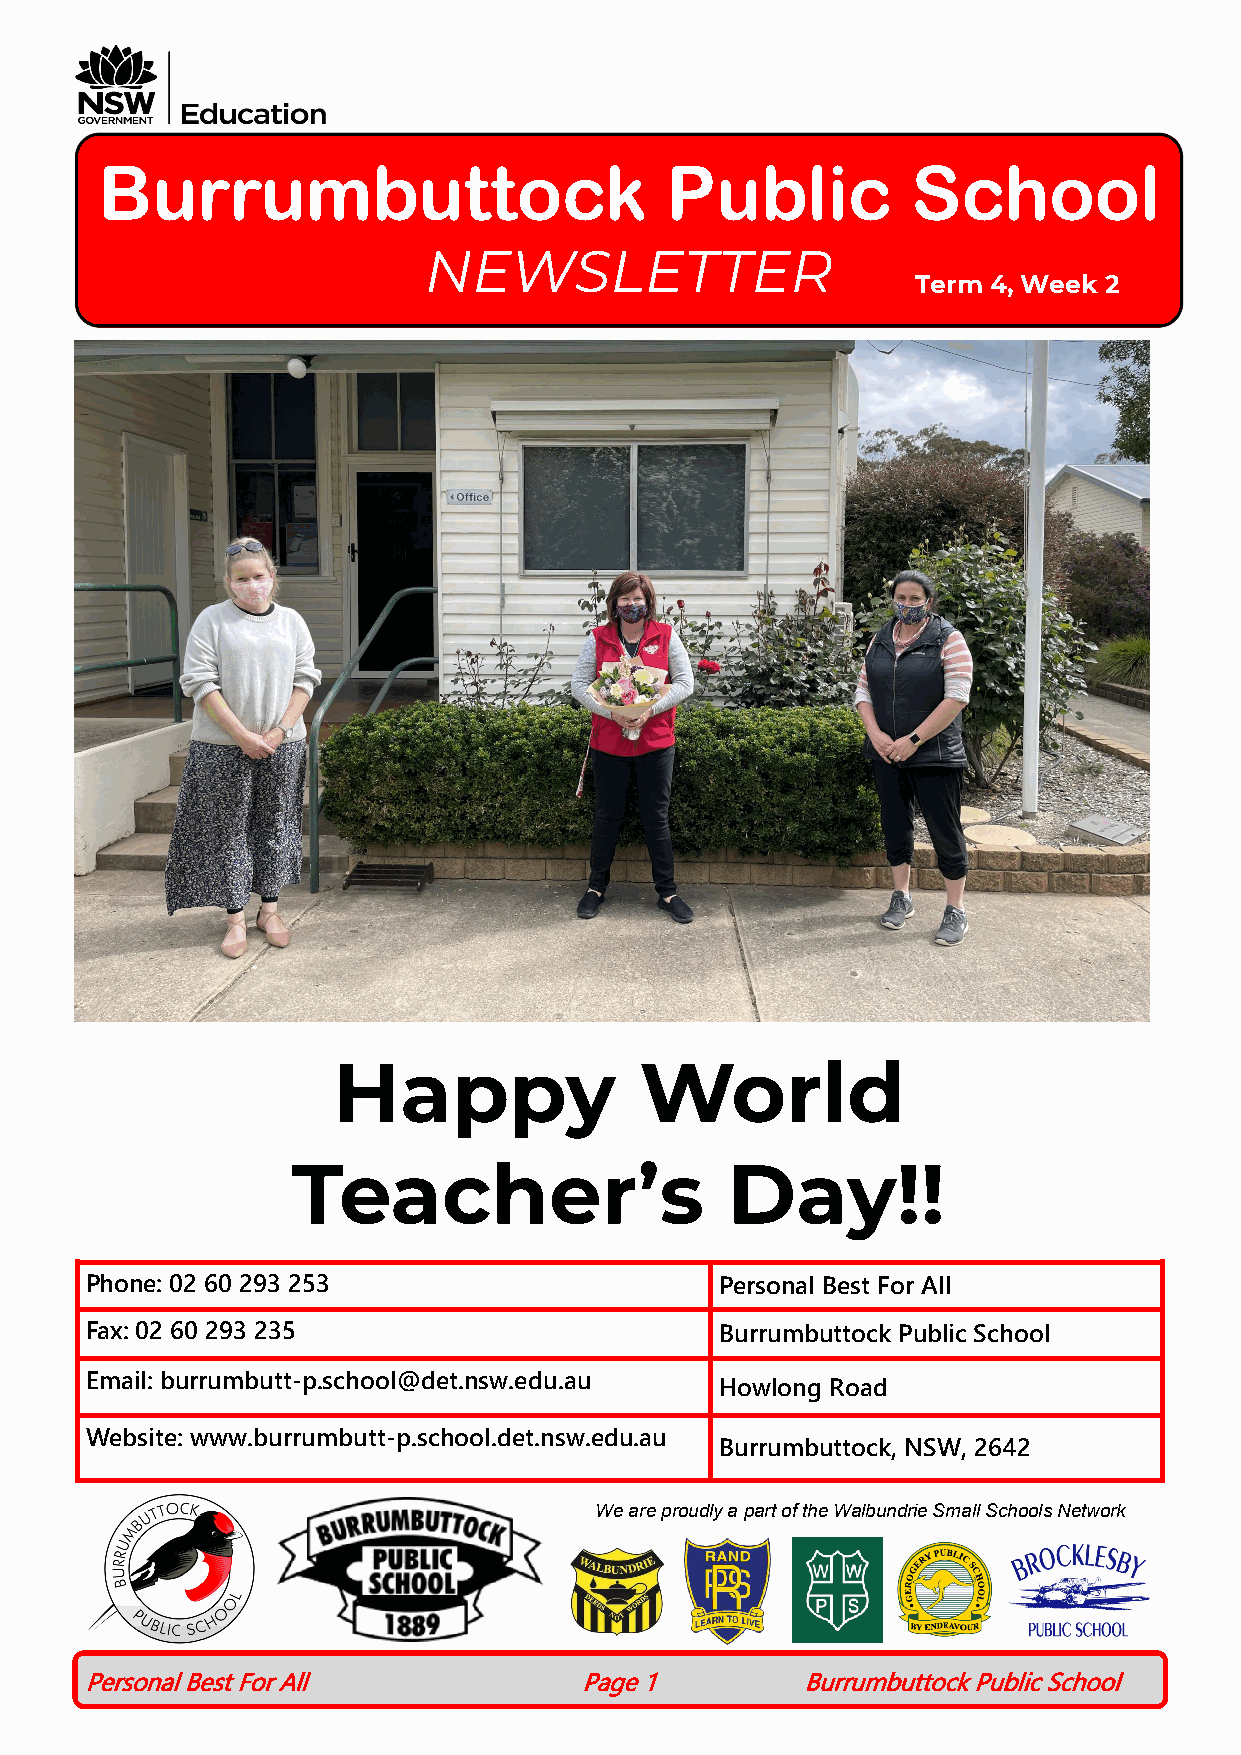
Burrumbuttock                         Public          School
 NEWSLETTER
 Term 4, Week 2
 Happy               World
 Teacher’s                    Day!!
 Phone: 02 60 293 253                      Personal Best For All
 Fax: 02 60 293 235                        Burrumbuttock Public School
 Email: burrumbutt-p.school@det.nsw.edu.au
 Howlong Road
 Website: www.burrumbutt-p.school.det.nsw.edu.au
 Burrumbuttock, NSW, 2642
 We are proudly a part of the Walbundrie Small Schools Network
 Personal Best For All           Page 1         Burrumbuttock Public School